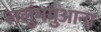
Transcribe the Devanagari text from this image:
ललुंगमुआना